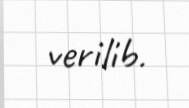
verilib.